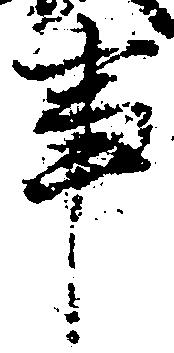
事